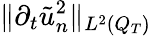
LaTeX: \lVert\partial_{t}\tilde{u}_{n}^{2}\rVert_{L^{2}(Q_{T})}